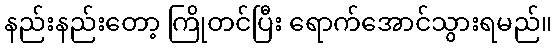
နည်းနည်းတော့ ကြိုတင်ပြီး ရောက်အောင်သွားရမည်။